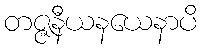
တဇ္ဇနီယနယေနာပိ